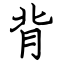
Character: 背